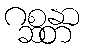
ဂစ္ဆန္တာ